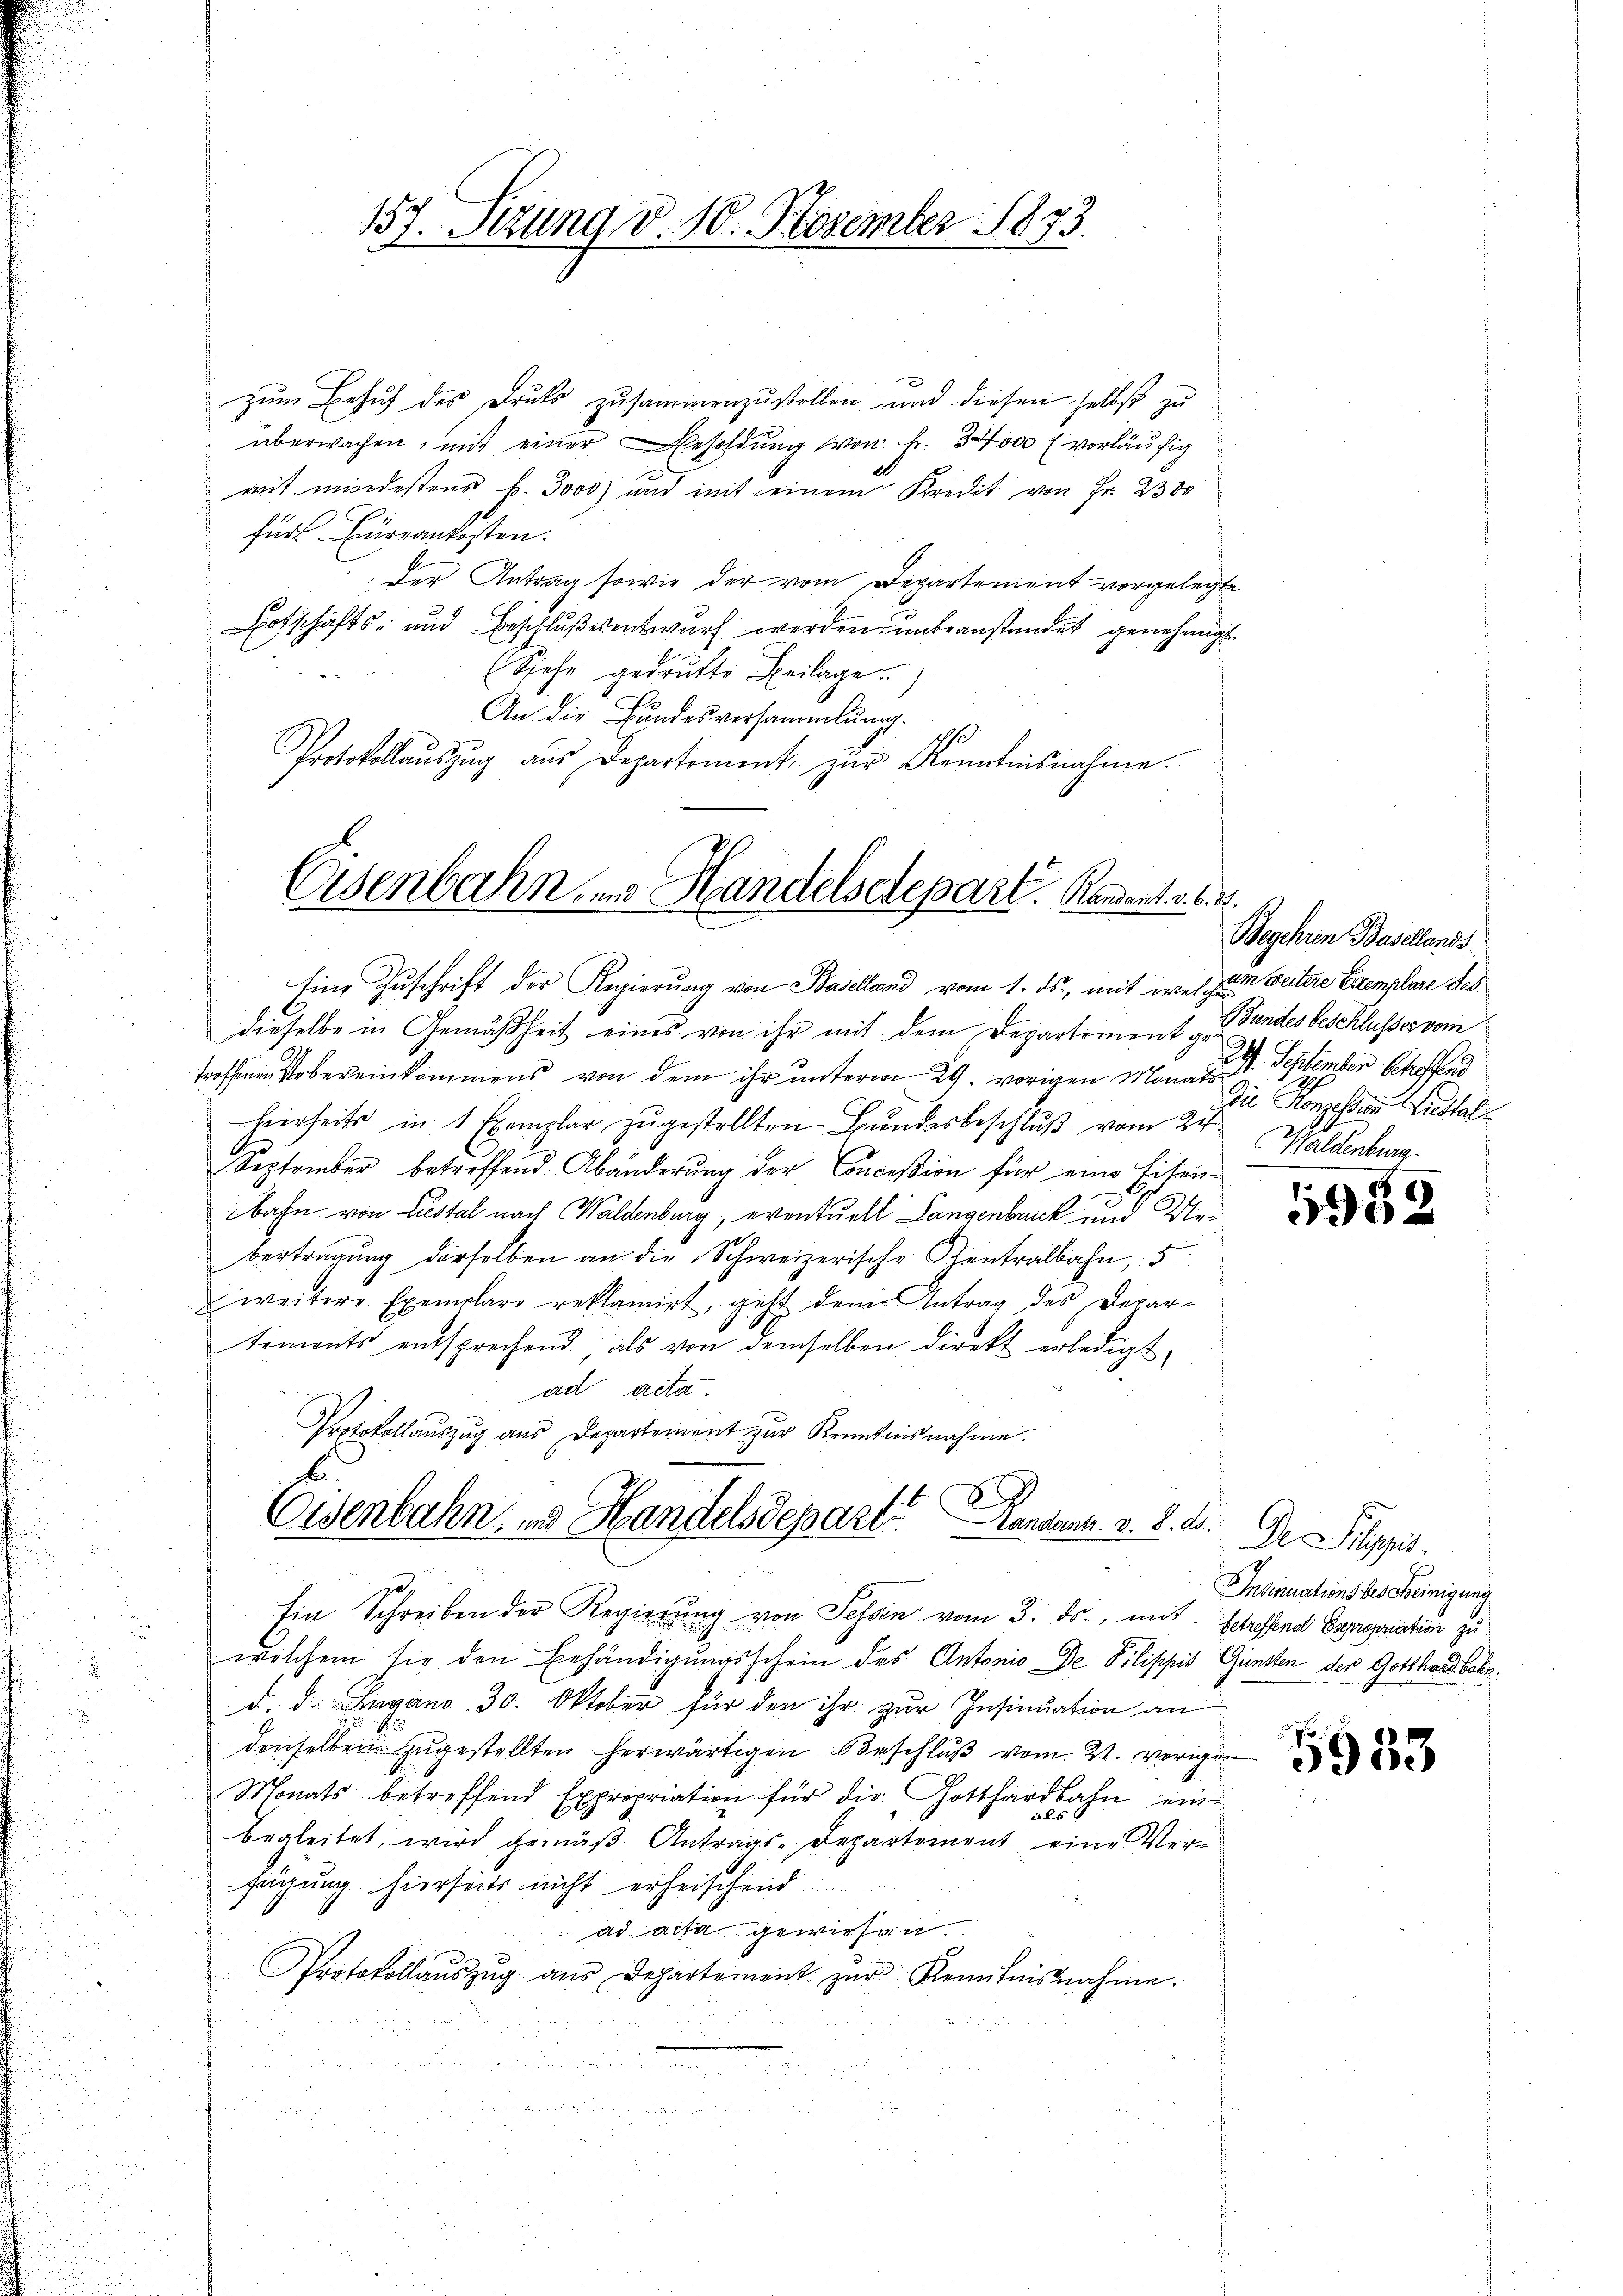
157. Sezung v. 18. November 1873.

zum Besuch des Druks zusammenzustellen und diesen selbst zu
überwachen, mit einer Besoldung von Fr. 34000 f vorläufig
mit mindestens k. 3000) und mit einem Kredit von Fr. 2500
fürs Eingrankosten.
Der Antrag sowie der vom Departement vorgelegte
Botschäfts- und Beschlußesentwurf werden unbeanstandet genehmigt.
(Sehr gedrukte Beilage)
An die Bundesversammlung.
Protokollaŭszŭg aŭs Departement zŭr Kenntnisnahme.

Eisenbahn in Handelsdepart. Kandant v. 6. d.

Eine Zuschrift der Regierung von Baselland vom 1. ds., mit wel zum weitere Exemplare des
dieselbe in Gemäßheit eines von ihr mit dem Departement zu Gundesbeschlusses vom
Vbereinkommens von dem ihr unterm 29. vorigen Monat September schoffend
hierseits in 1 Exemplar zugestellten Bundesbeschluß vom 24.
September betreffend Abänderung der Conceßion für eine Eisenbahn von Lustal nach Waldenburg, eventuell Langenbruck und Uebertragung derselben an die Schweizerische Zentralbahn, 5
weitere Exemplars reklamirt, geht dem Antrag des Departiments entsprechend als von demselben direkt erledigt,
ad acta
Protokollauszug aus Departement zur Kenntnisnahme.
Ein Schreiben der Regierŭng von Tessin vom 3. ds., mit Getreffend Expropriation zu
welchem sie den Einhändigungsschein des Antonio De Pilippis Gunsten der Gotthard betr.
d. d. Zugano, 30. Oktober für den ihr zur Insinuation an
denselben zugestellten herwärtigen Beschluß vom 21. vorigen
Monats betreffend Expropriation für die Gotthardbahn ein
begleitet, wird gemäß Antrags-Departement eine Verfügung hierseits nicht erheischend
ad acta gewiesen.
Protokollauszug aus Departement zŭr Kenntnisnahme.

Eisenbahn- und Handelsdepart andent. v. 8. d.

Begehren Basellands
Die Konzesser Zustel
Waldenburg.

1932

De Sigris
Insinuations des Heinigung

5933